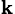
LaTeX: _\mathbf{k}